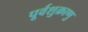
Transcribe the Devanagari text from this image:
पूर्वशुक्राणु